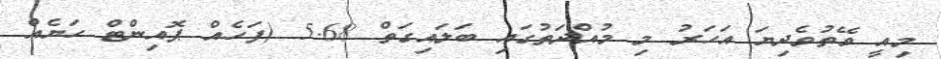
މިއީ ވޭތުވެދިޔަ އަހަރު މި މުއްދަތުގައި ބަލައިގަތް 5.68 (ފަހެއް ޕޮއިންޓް ހަޔެއް